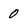
Character: 0